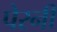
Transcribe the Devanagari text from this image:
पेरनी